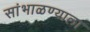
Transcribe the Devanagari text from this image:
सांभाळण्याला